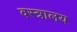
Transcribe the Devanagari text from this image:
वस्त्रालय